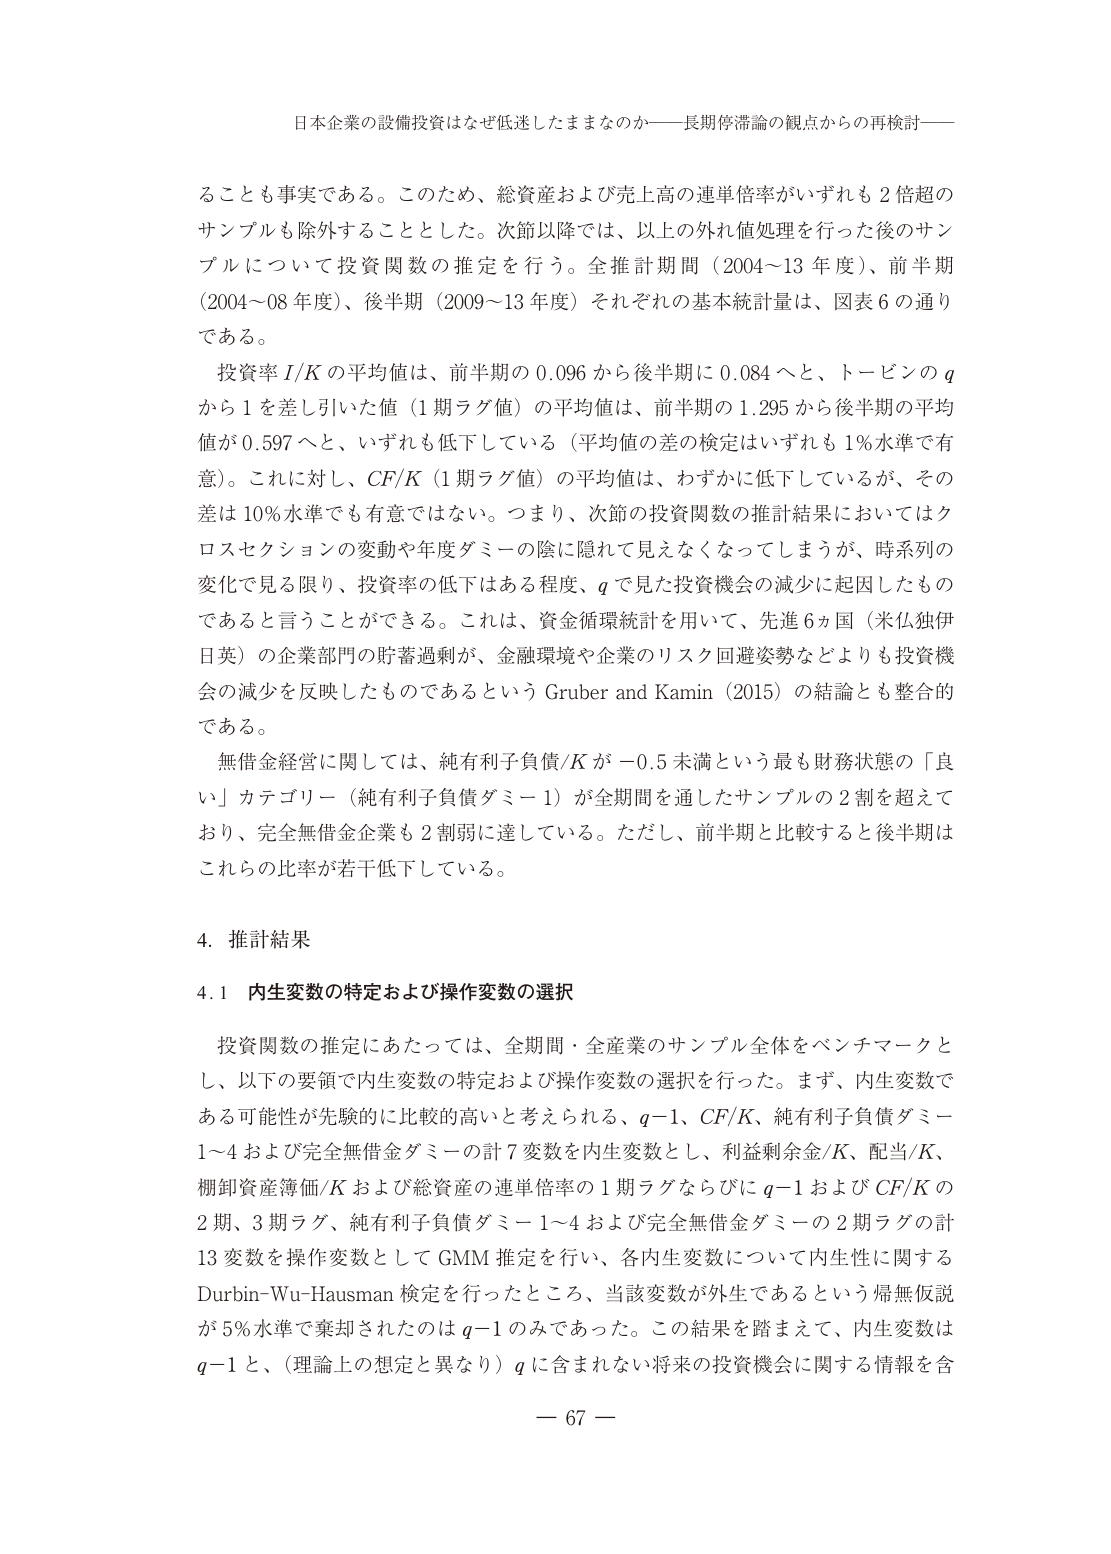
日本企業の設備投資はなぜ低迷したままなのか――長期停滞論の観点からの再検討――

ることも事実である。このため、総資産および売上高の連単倍率がいずれも２倍超のサンプルも除外することとした。次節以降では、以上の外れ値処理を行った後のサンプルについて投資関数の推定を行う。全推計期間（2004～13年度）、前半期（2004～08年度）、後半期（2009～13年度）それぞれの基本統計量は、図表６の通りである。

投資率 I/K の平均値は、前半期の 0.096 から後半期に 0.084 へと、トービンの q から 1 を差し引いた値（1期ラグ値）の平均値は、前半期の 1.295 から後半期の平均値が 0.597 へと、いずれも低下している（平均値の差の検定はいずれも 1％水準で有意）。これに対し、CF/K（1期ラグ値）の平均値は、わずかに低下しているが、その差は 10％水準でも有意ではない。つまり、次節の投資関数の推計結果においてはクロスセクションの変動や年度ダミーの陰に隠れて見えなくなってしまうが、時系列の変化で見る限り、投資率の低下はある程度、q で見た投資機会の減少に起因したものであると言うことができる。これは、資金循環統計を用いて、先進６ヵ国（米仏独伊日英）の企業部門の貯蓄過剰が、金融環境や企業のリスク回避姿勢などよりも投資機会の減少を反映したものであるという Gruber and Kamin（2015）の結論とも整合的である。

無借金経営に関しては、純有利子負債/K が－0.5 未満という最も財務状態の「良い」カテゴリー（純有利子負債ダミー1）が全期間を通したサンプルの２割を超えており、完全無借金企業も２割弱に達している。ただし、前半期と比較すると後半期はこれらの比率が若干低下している。

4. 推計結果

4.1 内生変数の特定および操作変数の選択

投資関数の推定にあたっては、全期間・全産業のサンプル全体をベンチマークとし、以下の要領で内生変数の特定および操作変数の選択を行った。まず、内生変数である可能性が先験的に比較的高いと考えられる、q－1、CF/K、純有利子負債ダミー1～4 および完全無借金ダミーの計７変数を内生変数とし、利益剰余金/K、配当/K、棚卸資産簿価/K および総資産の連単倍率の1期ラグならびに q－1 および CF/K の2期、3期ラグ、純有利子負債ダミー1～4 および完全無借金ダミーの2期ラグの計13変数を操作変数として GMM 推定を行い、各内生変数について内生性に関する Durbin-Wu-Hausman 検定を行ったところ、当該変数が外生であるという帰無仮説が5％水準で棄却されたのは q－1 のみであった。この結果を踏まえて、内生変数は q－1 と、（理論上の想定と異なり）q に含まれない将来の投資機会に関する情報を含

－ 67 －